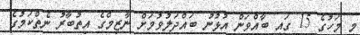
މި މަހުގެ 15 ގައި ބާއްވަން އުޅުނު ބައްދަލުވުމަށް ނާޒިމްގެ އިތުބާރު ނެތްކަމުގެ